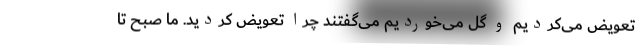
تعویض می‌کردیم و گل می‌خوردیم می‌گفتند چرا تعویض کردید. ما صبح تا